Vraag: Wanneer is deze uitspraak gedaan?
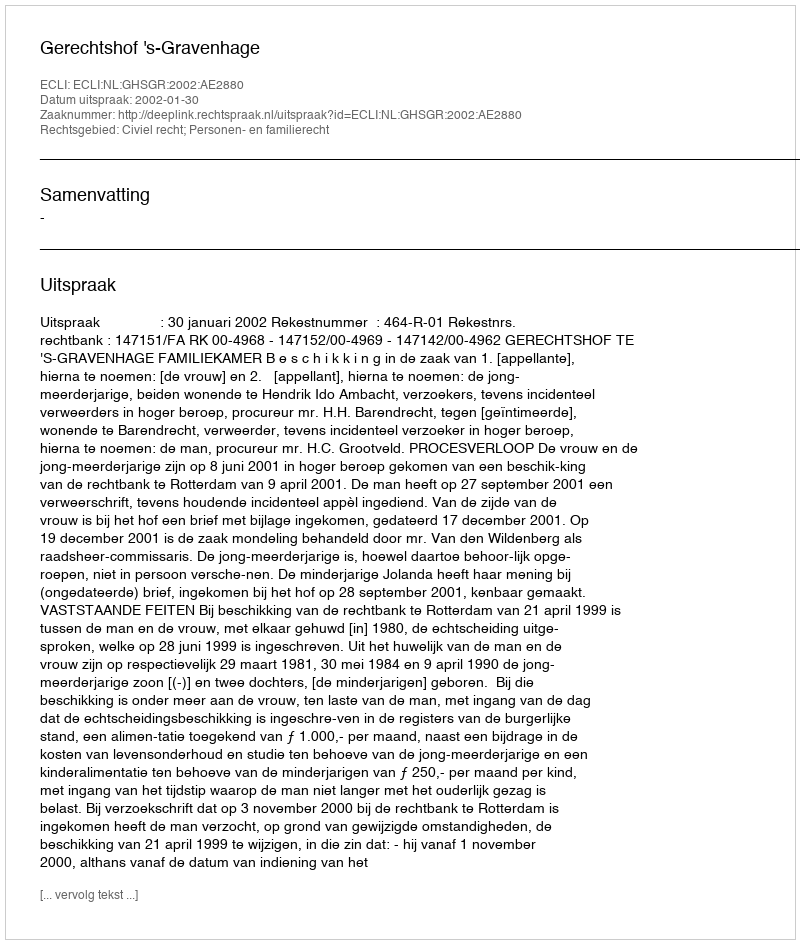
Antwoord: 2002-01-30